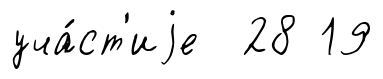
уча́ст'иjе 28 19